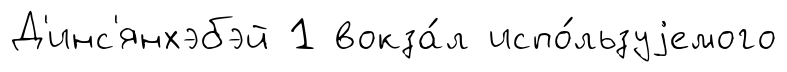
Д'инс'янхэбэй 1 вокза́л испо́льзуjемого